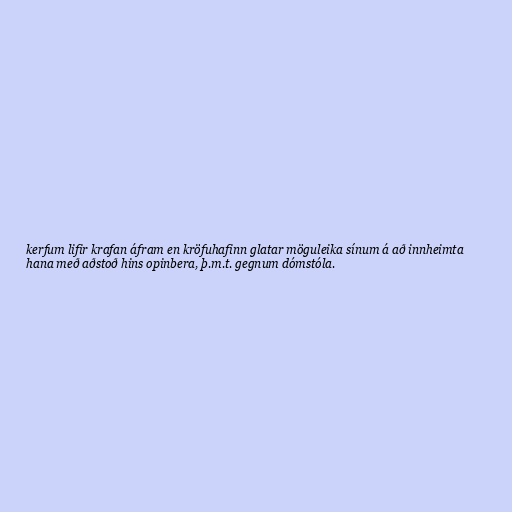
kerfum lifir krafan áfram en kröfuhafinn glatar möguleika sínum á að innheimta
hana með aðstoð hins opinbera, þ.m.t. gegnum dómstóla.